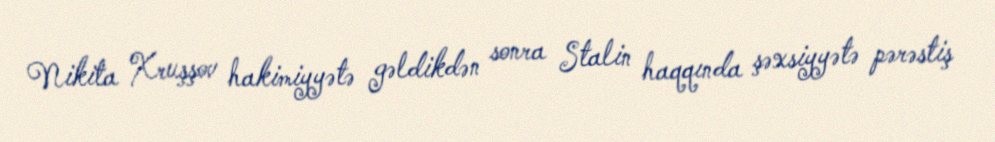
Nikita Xruşşov hakimiyyətə gəldikdən sonra Stalin haqqında şəxsiyyətə pərəstiş